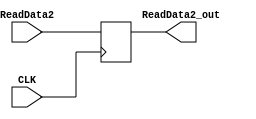
`timescale 1ns / 1ps
//////////////////////////////////////////////////////////////////////////////////
// Company: 
// Engineer: 
// 
// Design Name: 
// Module Name: DBDR
// Project Name: 
// Target Devices: 
// Tool Versions: 
// Description: 
// 
// Dependencies: 
// 
// Revision:
// Revision 0.01 - File Created
// Additional Comments:
// 
//////////////////////////////////////////////////////////////////////////////////


module DBDR(CLK,ReadData2, ReadData2_out);
    input CLK;
    input [31:0] ReadData2;
    output reg [31:0] ReadData2_out;
    always @(posedge CLK) begin
        ReadData2_out<= ReadData2;
    end
endmodule